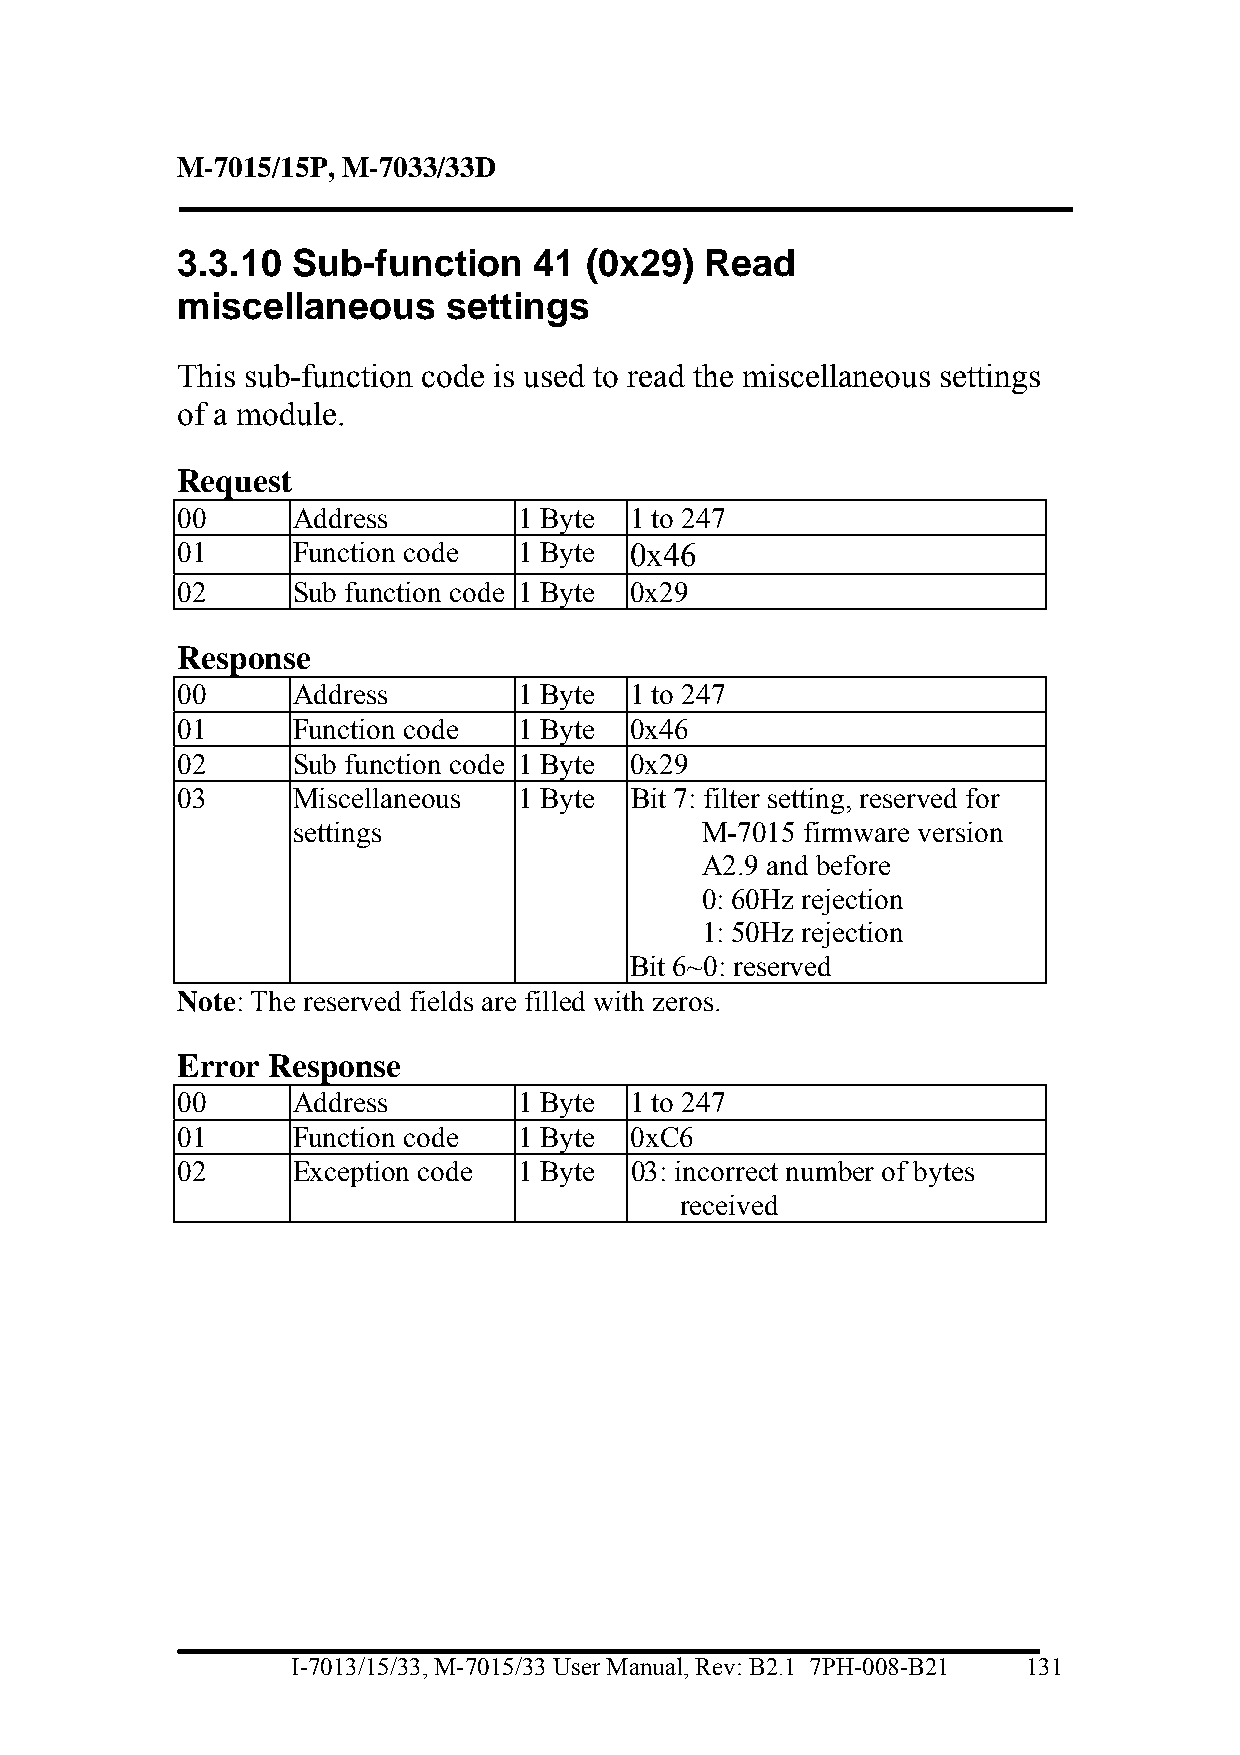
M-7015/15P, M-7033/33D
 3.3.10 Sub-function    41  (0x29)  Read
 miscellaneous     settings
 This sub-function code is used to read the miscellaneous settings
 of a module.
 Request
 00     Address        1 Byte  1 to 247
 01     Function code  1 Byte  0x46
 02     Sub function code 1 Byte 0x29
 Response
 00     Address        1 Byte  1 to 247
 01     Function code  1 Byte  0x46
 02     Sub function code 1 Byte 0x29
 03     Miscellaneous  1 Byte  Bit 7: filter setting, reserved for
 settings                   M-7015 firmware version
 A2.9 and before
 0: 60Hz rejection
 1: 50Hz rejection
 Bit 6~0: reserved
 Note: The reserved fields are filled with zeros.
 Error Response
 00     Address        1 Byte  1 to 247
 01     Function code  1 Byte  0xC6
 02     Exception code 1 Byte  03: incorrect number of bytes
 received
 I-7013/15/33, M-7015/33 User Manual, Rev: B2.1 7PH-008-B21 131